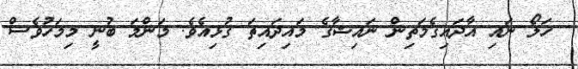
ހަލޯ ނަައި އާދައިގެމަތިން ނައިޝާގެ މައިދައިތަ ގުޅިއެވެ. މަންމަ ބުނީ މިމަހުވެސް